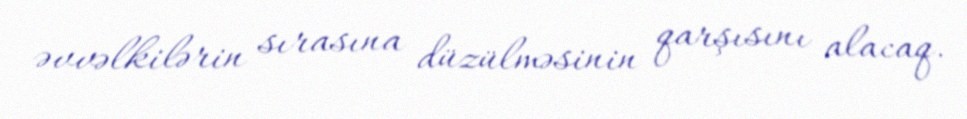
əvvəlkilərin sırasına düzülməsinin qarşısını alacaq.